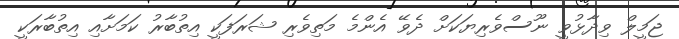
ޖަމީލް ވިދާޅުވީ ނޫސްވެރިޔަކަށް ދެވޭ އެންމެ މަތިވެރި ޝަރަފަކީ އިތުބާރު ކަމަށާއި އިތުބާރަކީ